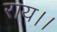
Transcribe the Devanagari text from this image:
राय।।